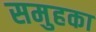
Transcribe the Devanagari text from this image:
समुहका